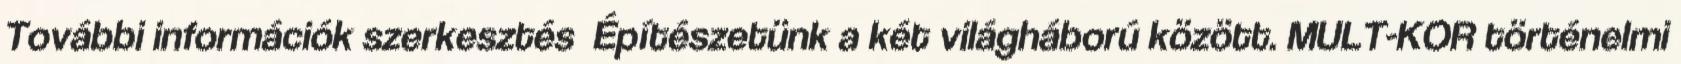
További információk szerkesztés Építészetünk a két világháború között. MULT-KOR történelmi